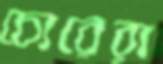
চোরেরা